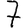
Digit: 7